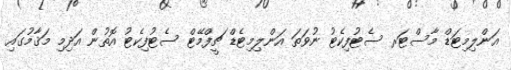
އަންލިމިޓަޑް މާސްޓަރ ސެޓުފިކެޓު ނުވަތަ އަންލިމިޓެޑް ޗީފްމޭޓް ސެޓުފިކެޓު އޮތުން އަދިމި މަޤާމުގައި